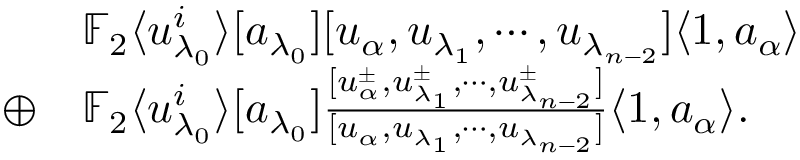
\begin{array} { r l } & { \mathbb { F } _ { 2 } \langle u _ { \lambda _ { 0 } } ^ { i } \rangle [ a _ { \lambda _ { 0 } } ] [ u _ { \alpha } , u _ { \lambda _ { 1 } } , \cdots , u _ { \lambda _ { n - 2 } } ] \langle 1 , a _ { \alpha } \rangle } \\ { \oplus } & { \mathbb { F } _ { 2 } \langle u _ { \lambda _ { 0 } } ^ { i } \rangle [ a _ { \lambda _ { 0 } } ] \frac { [ u _ { \alpha } ^ { \pm } , u _ { \lambda _ { 1 } } ^ { \pm } , \cdots , u _ { \lambda _ { n - 2 } } ^ { \pm } ] } { [ u _ { \alpha } , u _ { \lambda _ { 1 } } , \cdots , u _ { \lambda _ { n - 2 } } ] } \langle 1 , a _ { \alpha } \rangle . } \end{array}